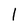
Character: l